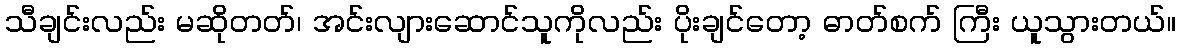
သီချင်းလည်း မဆိုတတ်၊ အင်းလျားဆောင်သူကိုလည်း ပိုးချင်တော့ ဓာတ်စက် ကြီး ယူသွားတယ်။